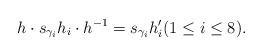
LaTeX: \begin{align*}h\cdot s_{\gamma_i}h_i\cdot h^{-1}=s_{\gamma_i}h'_i(1\le i\le 8).\end{align*}